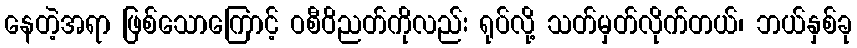
နေတဲ့အရာ ဖြစ်သောကြောင့် ဝစီဝိညတ်ကိုလည်း ရုပ်လို့ သတ်မှတ်လိုက်တယ်၊ ဘယ်နှစ်ခု